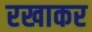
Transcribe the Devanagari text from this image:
रखाकर